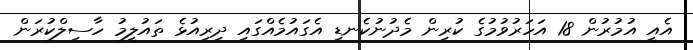
އެއީ އުމުރުން 18 އަހަރުވުމުގެ ކުރިން މެދުނުކެނޑި އެގައުމެއްގައި ދިރިއުޅެ ތައުލީމު ހާސިލްކުރަން